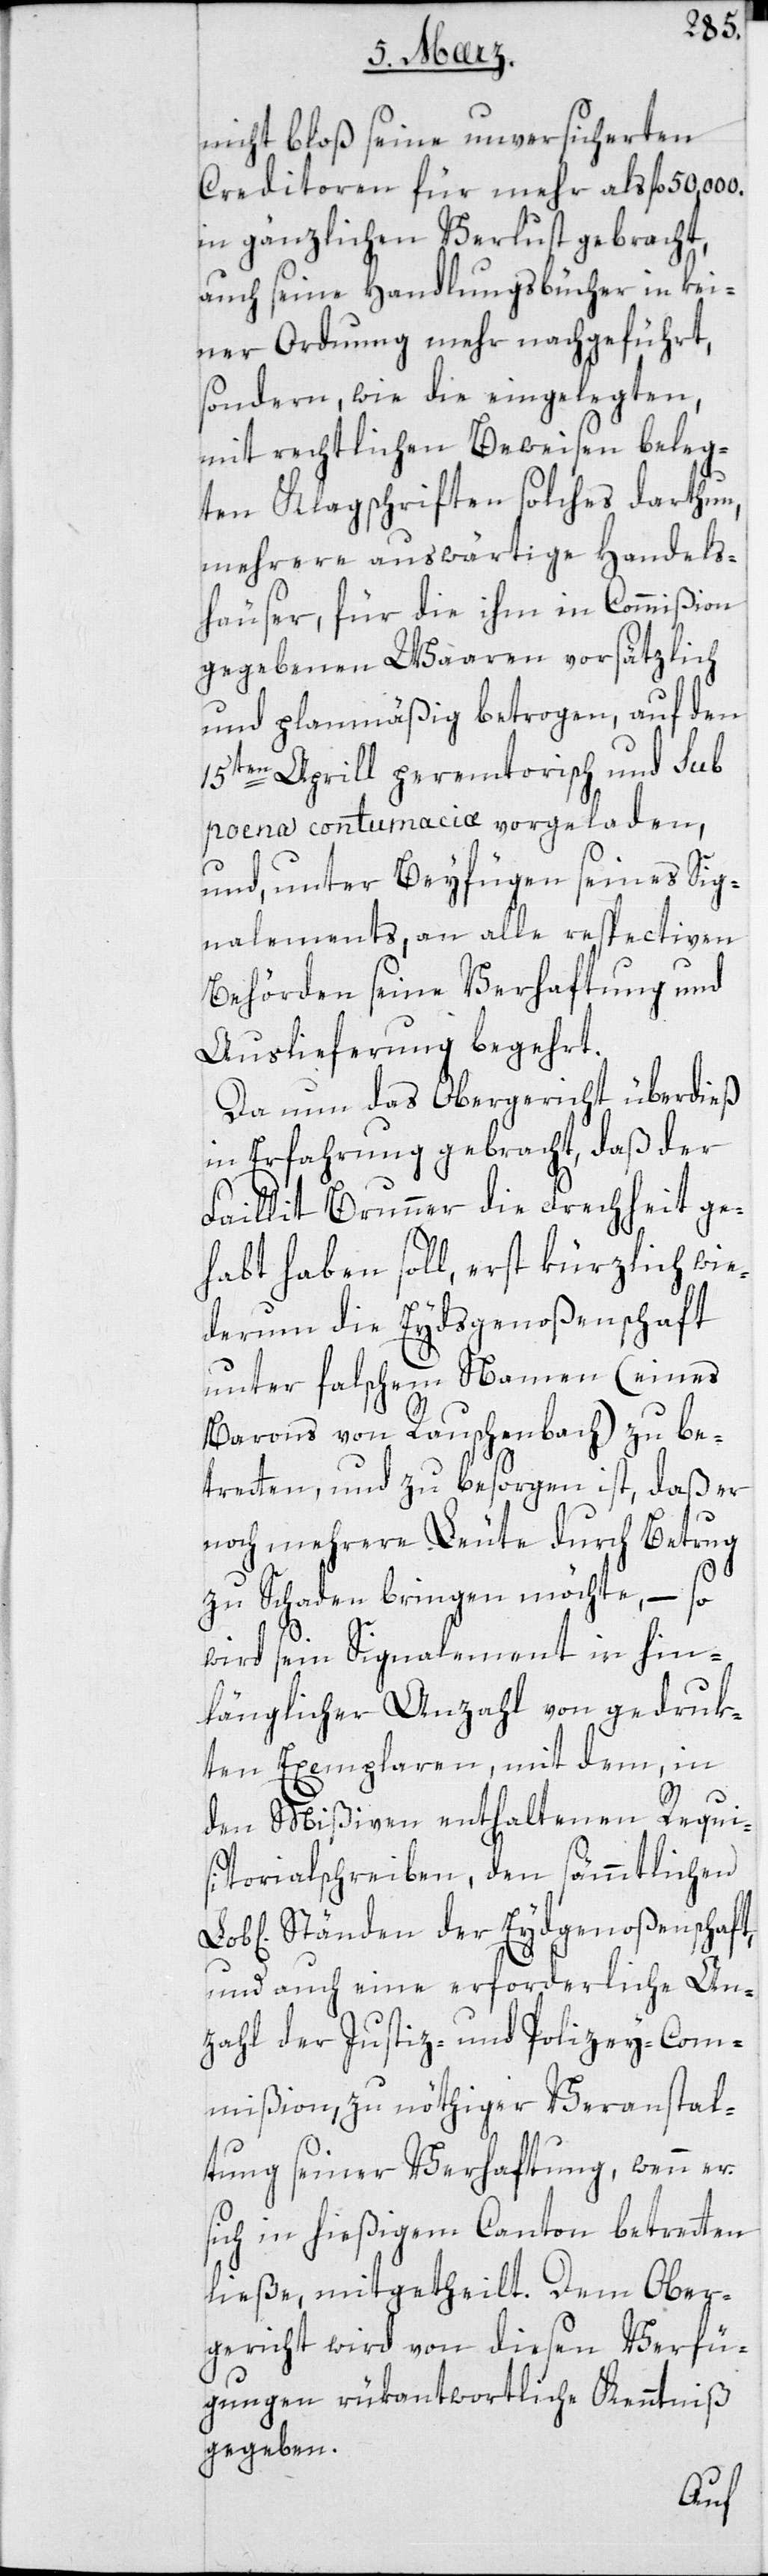
nicht bloß seine unversicherten
Creditoren für mehr als fl. 50
in gänzlichen Verlust gebracht,
auch seine Handlungsbücher in kei¬
ner Ordnung mehr nachgeführt,
sondern wie die eingelegten,
mit rechtlichen Beweisen beleg¬
ten Klagschriften solches darthun,
mehrere auswärtige Handels¬
häuser, für die ihm in Commißion
gegebenen Waaren vorsätzlich
und planmäßig betrogen, auf den
15ten April peremtorisch und sub
poena contumaciæ vorgeladen,
und unter Beyfügen seines Sig¬
nalements, an alle respectiven
Behörden seine Verhaftung und
Auslieferung begehrt.
Da nun das Obergericht überdieß
in Erfahrung gebracht, daß der
Faillit Brunner die Frechheit ge¬
habt haben soll, erst kürzlich wie¬
derum die Eydsgenoßenschaft
unter falschem Namen (eines
Barons von Rauschenbach) zu be¬
treten, und zu besorgen ist, daß er
noch mehrere Leute durch Betrug
zu Schaden bringen möchte, – so
wird sein Signalement in hin¬
länglicher Anzahl von gedruk¬
ten Exemplaren mit dem, in
den Mißiven enthaltenen Requi¬
sitorialschreiben, den sämmtlichen
Ständen der Eydgenoßenschaft,
und auch eine erforderliche An¬
zahl der Justiz- und Polizey-Com¬
mißion zu nöthiger Veranstal¬
tung seiner Verhaftung, wenn er
sich in hießigem Canton betreten
ließe, mitgetheilt. Dem Ober¬
gericht wird von diesen Verfü¬
gungen rükantwortliche Kenntniß
gegeben.